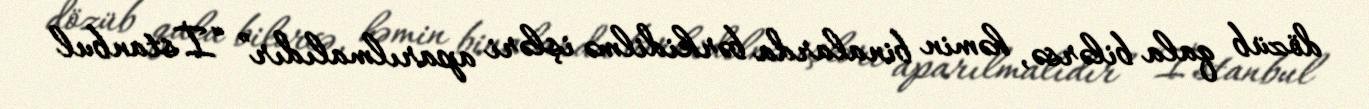
dözüb qala bilərsə, həmin binalarda bərkidilmə işləri aparılmalıdır” “İstanbul